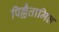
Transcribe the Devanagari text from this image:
पिल्लैत्तामिल